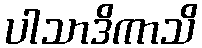
ပါသာဒိကာသိ